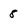
Character: 8